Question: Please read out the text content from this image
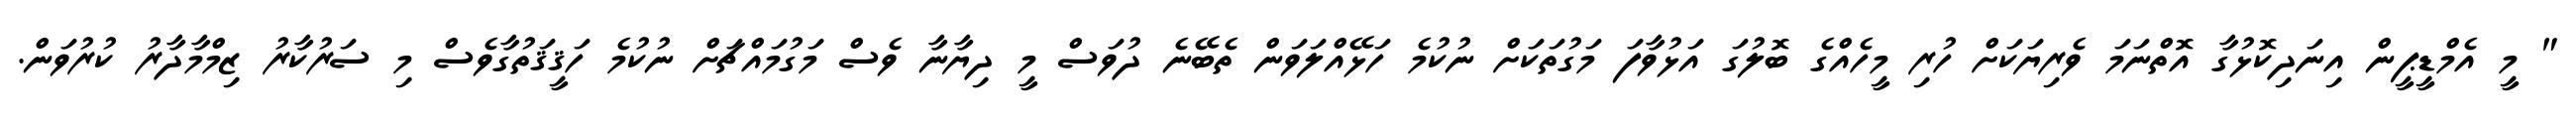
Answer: " މީ އެމްޑީޕީން އިނަދިކޮޅުގާ އޮތްނަމަ ވެރިޔަކަށް ހުރި މީހެއްގެ ބޮލުގަ އަޅުވާފަ މަގުތަކަށް ނުކުމެ ހަޅޭއްލަވަން ތެބޭނެ ދުވަސް މީ ދިޔާނާ ވެސް މަގުމައްޗަށް ނުކުމެ ހަޤީޤަތުގާވެސް މި ސަރުކާރު ޒިމްމާދާރު ކުރުވަން.